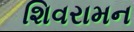
શિવરામન